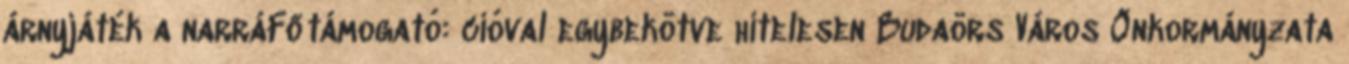
árnyjáték a narráFőtámogató: cióval egybekötve hitelesen Budaörs Város Önkormányzata